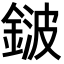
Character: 𨨏